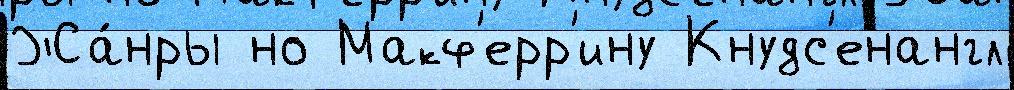
Жа́нры но Макф'ерр'ину Кнудс'енангл